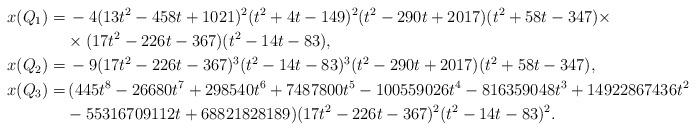
LaTeX: \begin{align*}x(Q_1) = & \,-4(13t^2-458t+1021)^2(t^2+4t-149)^2(t^2-290t+2017)(t^2+58t-347)\times\\&\times(17t^2-226t-367)(t^2-14t-83),\\x(Q_2) = & \, -9(17t^2-226t-367)^3(t^2-14t-83)^3(t^2-290t+2017)(t^2+58t-347),\\x(Q_3) = & \,(445t^8-26680t^7+298540t^6+7487800t^5-100559026t^4-816359048t^3+14922867436t^2\\&-55316709112t+68821828189)(17t^2-226t-367)^2(t^2-14t-83)^2.\end{align*}